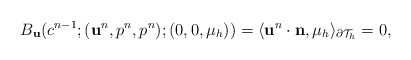
\begin{align*}\begin{aligned}B_\mathbf{u}(c^{n-1};(\mathbf{u}^{n},p^{n},p^{n});(0,0,\mu_h))=\langle\mathbf{u}^{n}\cdot\mathbf{n},\mu_h\rangle_{\partial\mathcal{T}_h}=0,\end{aligned}\end{align*}